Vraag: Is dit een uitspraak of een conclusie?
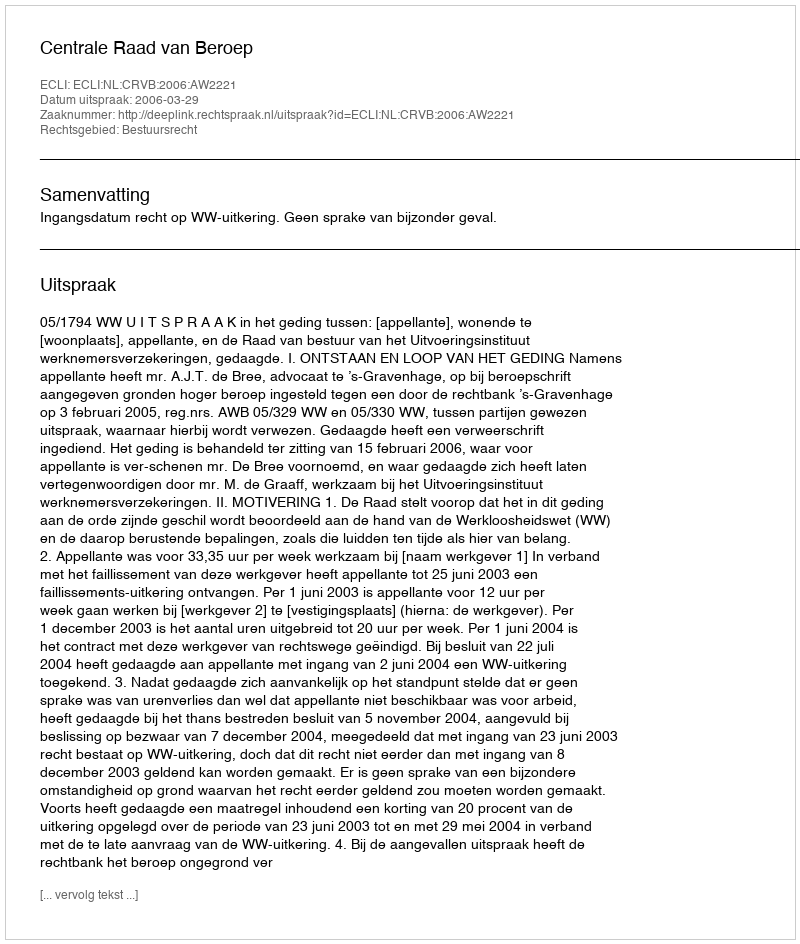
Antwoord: Uitspraak